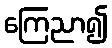
ကြေညာ၍